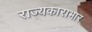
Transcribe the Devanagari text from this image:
राज्यकाराभार